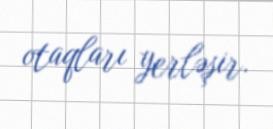
otaqları yerləşir.